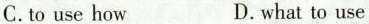
C. to use how D. what to use